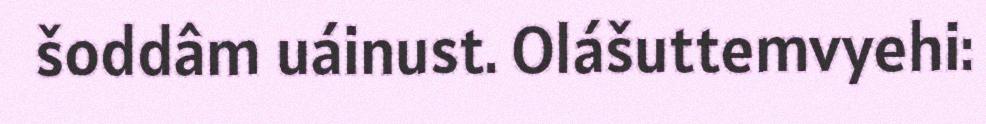
šoddâm uáinust. Olášuttemvyehi: